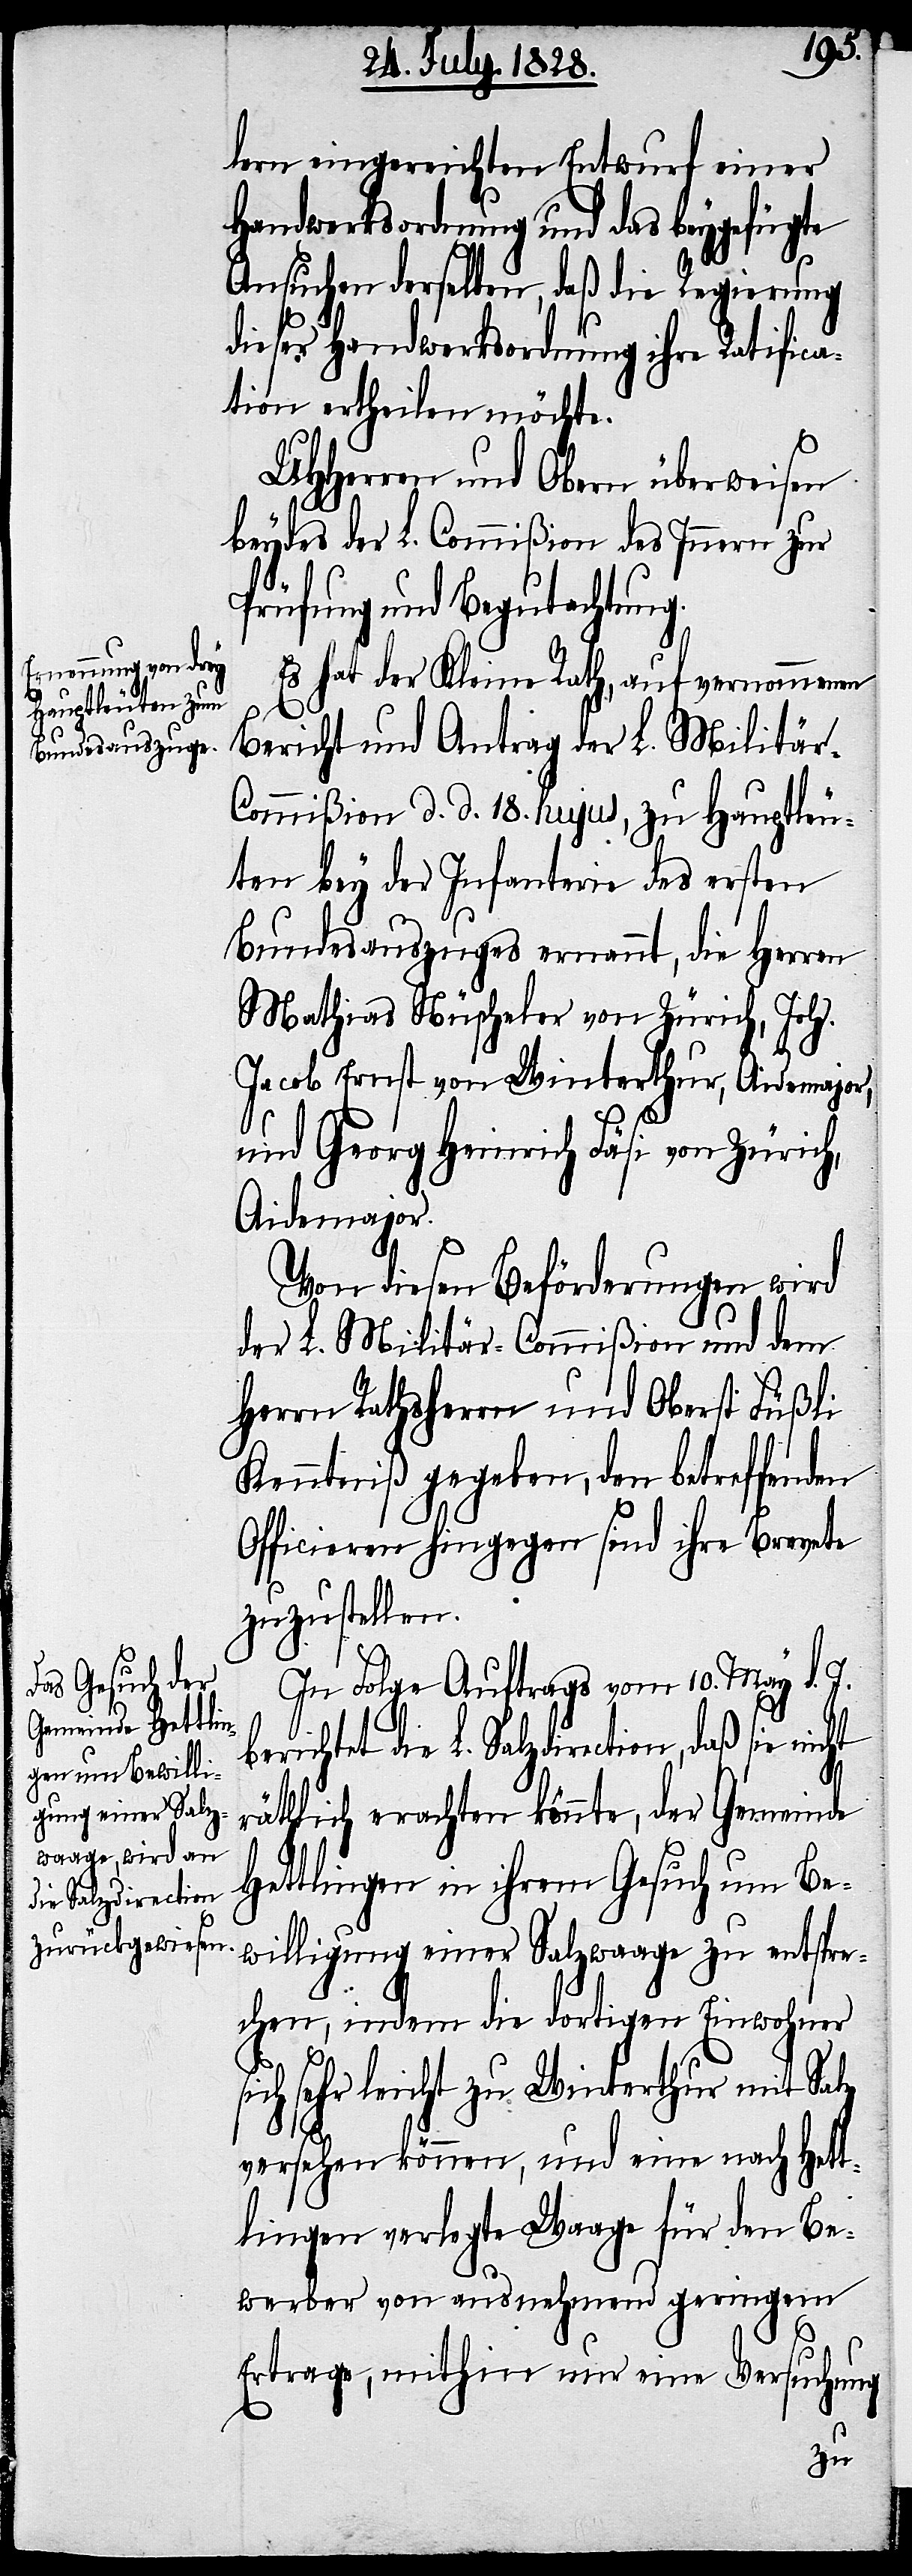
lern eingereichten Entwurf einer
Handwerksordnung und das beygefügte
Ansuchen derselben, daß die Regierung
dieser Handwerksordnung ihre Ratific¬
ation ertheilen möchte.
UHHerren und Obern überweisen
beydes der L. Commißion des Innern zur
Prüfung und Begutachtung.
Es hat der Kleine Rath, auf vernommenen
Bericht und Antrag der L. Militär-C¬
ommißion d. d. 18. hujus, zu Hauptleu¬
ten bey der Infanterie des ersten
Bundesauszuges ernannt, die Herren
Mathias Nüscheler von Zürich, Joh.
Jacob Ernst von Winterthur, Aidemajor,
und Georg Heinrich Fäsi von Zürich,
Aidemajor.
Von diesen Beförderungen wird
der L. Militär-Commißion und dem
Herrn Rathsherrn und Oberst Füßli
Kenntniß gegeben, den betreffenden
Officieren hingegen sind ihre Brevete
zuzustellen.
In Folge Auftrags vom 10. May d. J.
berichtet die L. Salzdirection, daß sie
räthlich erachten könnte, der Gemeinde
Hettlingen in ihrem Gesuch um Be¬
willigung einer Salzwaage zu entspre¬
chen, indem die dortigen Einwohner
sich sehr leicht zu Winterthur mit Salz
versehen können, und eine nach Hett¬
lingen verlegte Waage für den Be¬
werber von ausnehmend geringem
Ertrage, mithin nur eine Versuchung